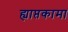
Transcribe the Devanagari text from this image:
ह्याप्तकामा